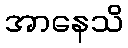
အာနေသိ